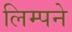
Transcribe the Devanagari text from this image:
लिम्पने